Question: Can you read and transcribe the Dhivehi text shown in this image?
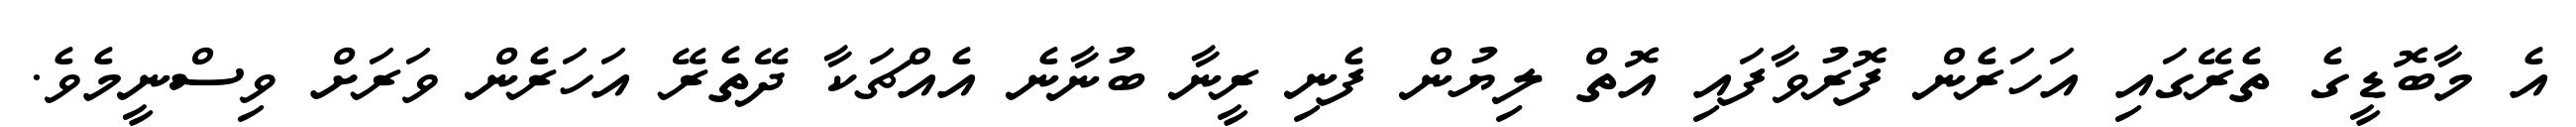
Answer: އެ މާބޮޑީގެ ތެރޭގައި އަހަރެން ފޮރުވާފައި އޮތް ލިޔުން ފެނި ރީނާ ބުނާނެ އެއްޗަކާ ދޭތެރޭ އަހަރެން ވަރަށް ވިސްނީމެވެ.